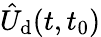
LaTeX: \hat{U}_{\textrm{d}}(t,t_{0})